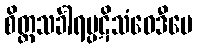
စိတ္တသင်္ခါရပ္ပဋိသံဝေဒီပေ